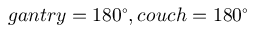
g a n t r y = 1 8 0 ^ { \circ } , c o u c h = 1 8 0 ^ { \circ }